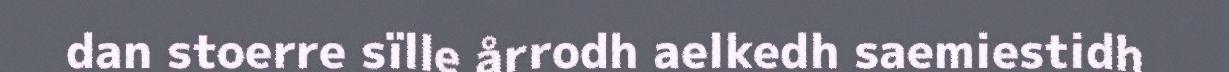
dan stoerre sïlle årrodh aelkedh saemiestidh